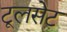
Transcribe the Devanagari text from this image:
टूलसेट